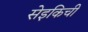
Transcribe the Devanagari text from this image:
सेइकिची